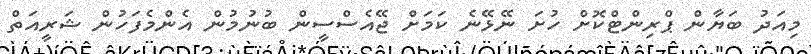
މިއަދު ބަޔާން ޕްރިންޓްކޮށް ހުށަ ނޭޅޭނެ ކަމަށް ޖޭއެސްސީން ބުނުމުން އެންމެފަހުން ޝަރީއަތް